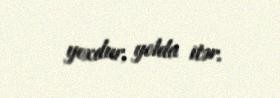
yoxdur, yolda itər.